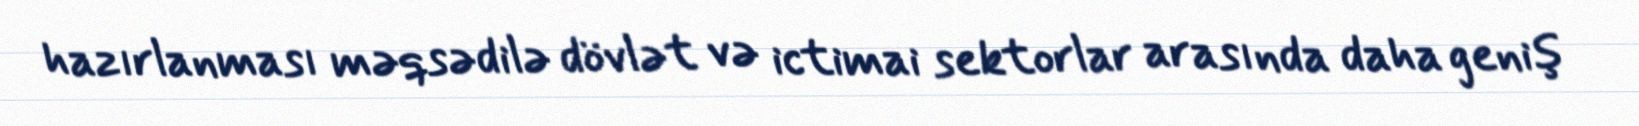
hazırlanması məqsədilə dövlət və ictimai sektorlar arasında daha geniş